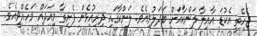
ޖެހޭތީ އެކުޑަ އާއިލާ ލަންކާއަށް ބަދަލުވިއެވެ. ލަންކާގައި ދިރިއުޅެން ފެށިތާ މިއަދައް މަހެއްވީއެވެ.